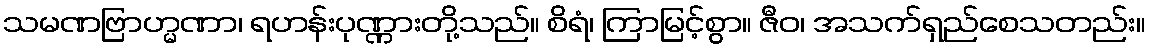
သမဏဗြာဟ္မဏာ၊ ရဟန်းပုဏ္ဏားတို့သည်။ စိရံ၊ ကြာမြင့်စွာ။ ဇီဝ၊ အသက်ရှည်စေသတည်း။